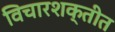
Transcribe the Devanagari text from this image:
विचारशक्तीत